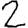
Digit: 2